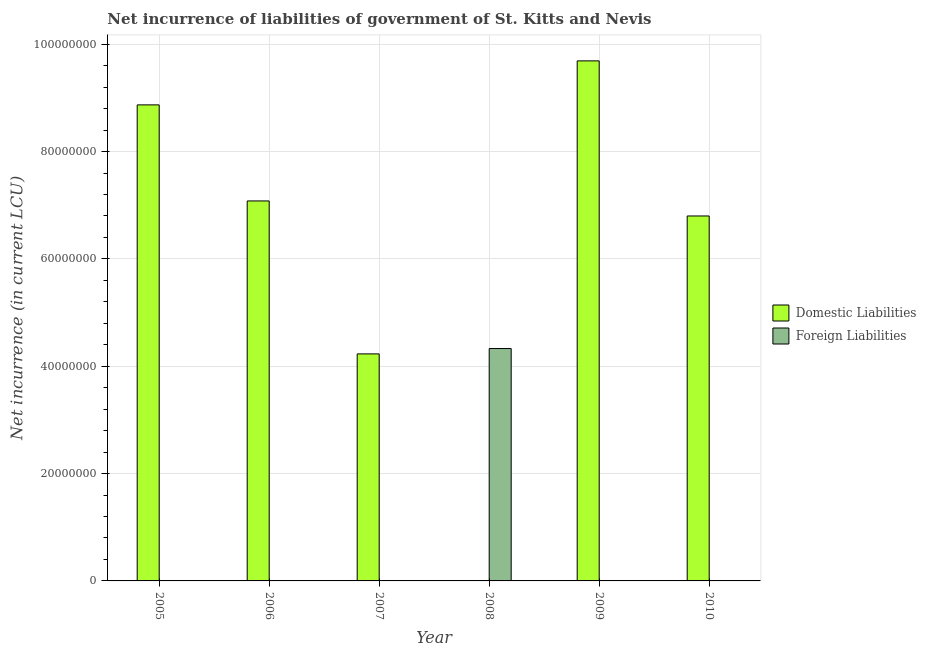
| Year | Domestic Liabilities | Foreign Liabilities |
 | --- | --- | --- |
 | 2005 | 8.87e+07 | -4.69e+07 |
 | 2006 | 7.08e+07 | -4.35e+07 |
 | 2007 | 4.23e+07 | -4.6e+07 |
 | 2008 | -4.92e+07 | 4.33e+07 |
 | 2009 | 9.69e+07 | -2.83e+07 |
 | 2010 | 6.8e+07 | -2.63e+07 |